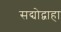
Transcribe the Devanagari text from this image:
सद्योद्वाहा